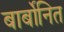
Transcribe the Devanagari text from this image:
बार्बोनित